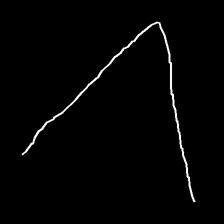
Glyph: region